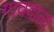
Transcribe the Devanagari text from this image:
गाववाला